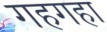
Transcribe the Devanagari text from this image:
गहगहा